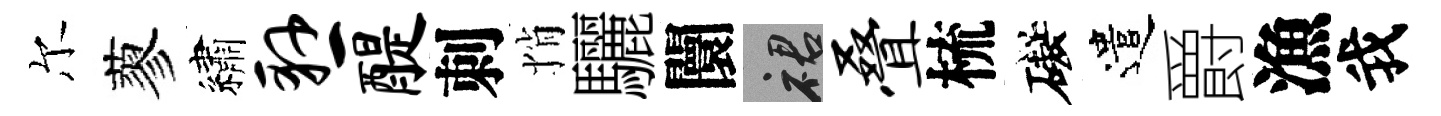
尔蓼繡悬醍刺悄驪闤裙叠梳礙遣爵漁我